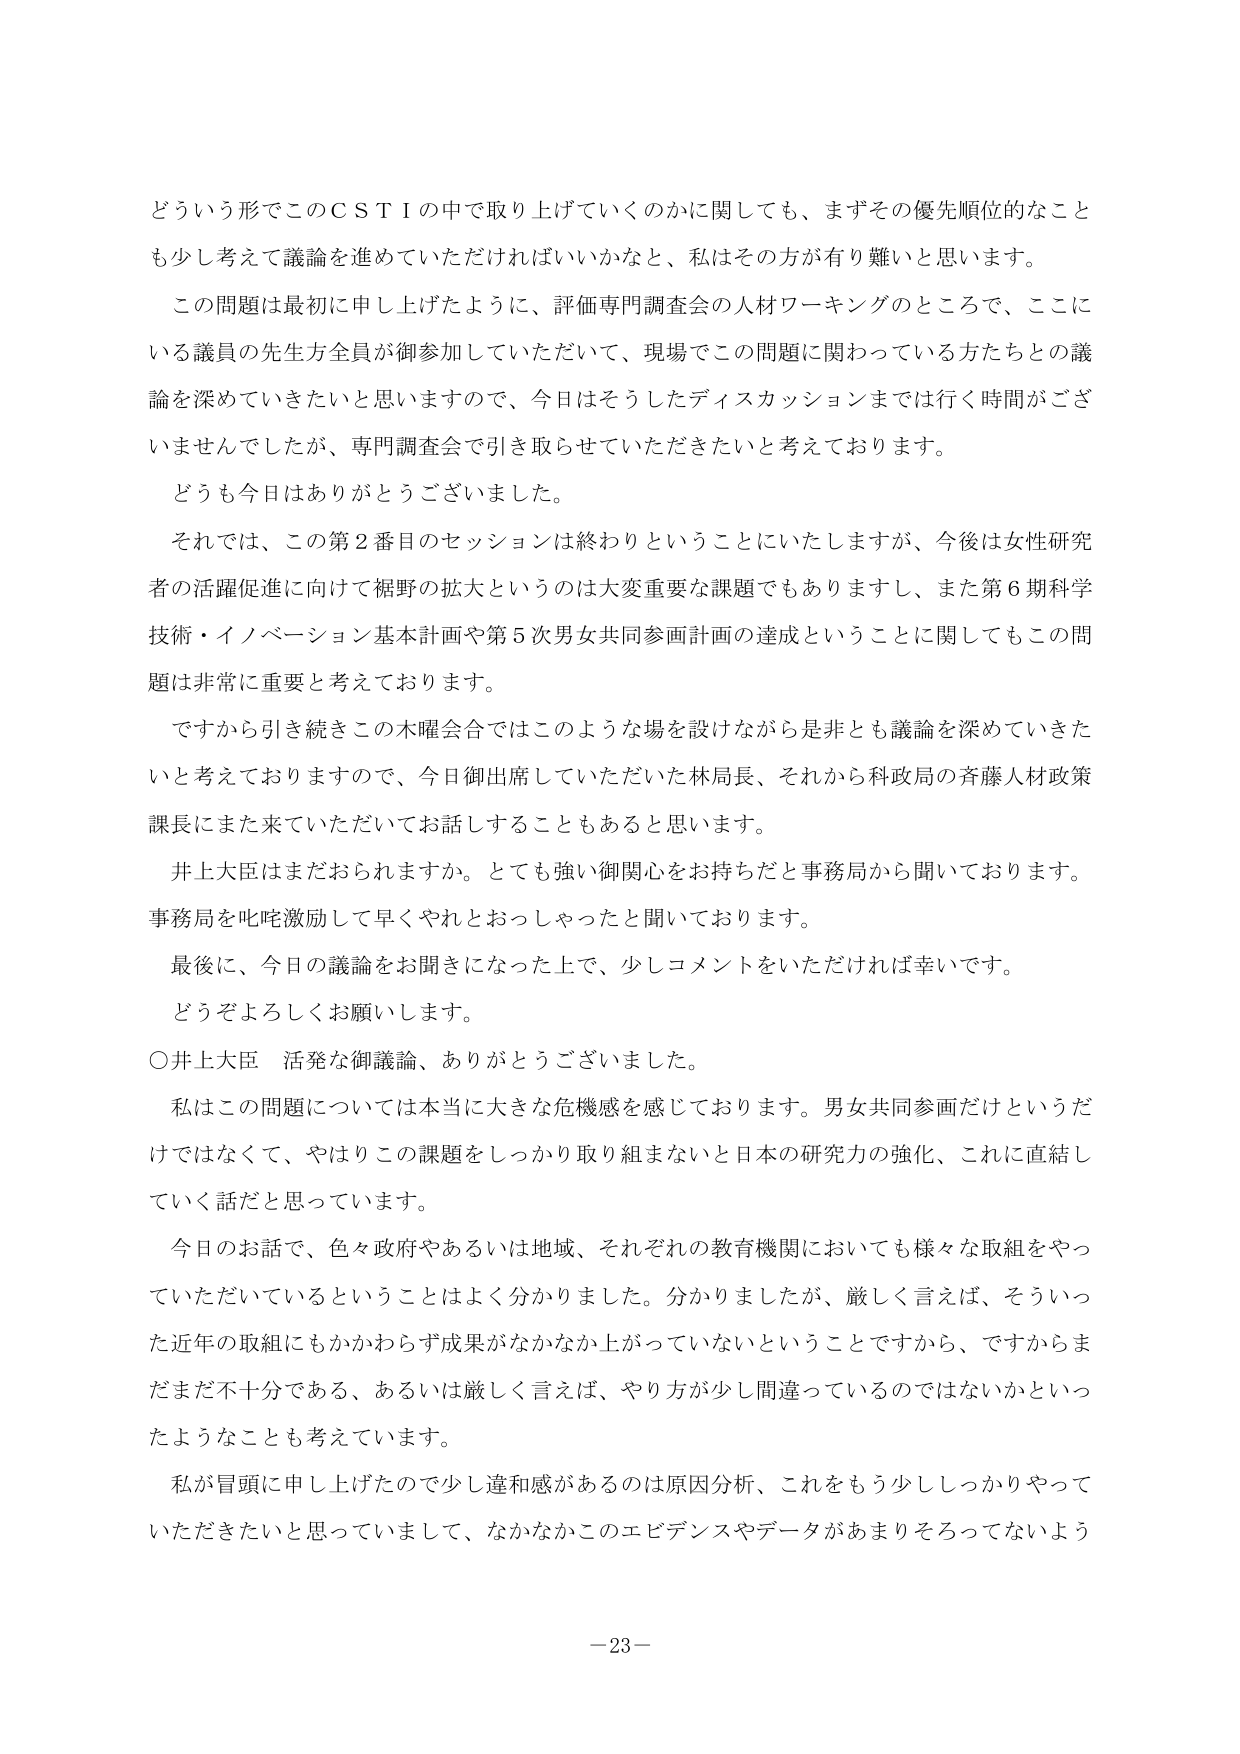
どういう形でこのＣＳＴＩの中で取り上げていくのかに関しても、まずその優先順位のなこと
も少し考えて議論を進めていただければいいかなと、私はその方が有り難いと思います。
この問題は最初に申し上げたように、評価専門調査会の人材ワーキングのところで、ここに
いる議員の先生方全員が御参加していただいて、現場でこの問題に関わっている方たちとの議
論を深めていきたいと思いますので、今日はそうしたディスカッションまでは行く時間がござ
いませんでしたが、専門調査会で引き取らせていただきたいと考えております。
どうも今日はありがとうございました。
それでは、この第２番目のセッションは終わりということにいたしますが、今後は女性研究
者の活躍促進に向けて裾野の拡大というのは大変重要な課題でもありますし、また第６期科学
技術・イノベーション基本計画や第５次男女共同参画計画の達成ということに関してもこの問
題は非常に重要と考えております。
ですから引き続きこの木曜会合ではこのような場を設けながら是非とも議論を深めていきた
いと考えておりますので、今日御出席していただいた林局長、それから科政局の斉藤人材政策
課長にまた来ていただいてお話しすることもあると思います。
井上大臣はまだおられますか。とても強い御関心をお持ちだと事務局から聞いております。
事務局を叱咤激励して早くやれとおっしゃったと聞いております。
最後に、今日の議論をお聞きになった上で、少しコメントをいただければ幸いです。
どうぞよろしくお願いします。
○井上大臣 活発な御議論、ありがとうございました。
私はこの問題については本当に大きな危機感を感じております。男女共同参画だけというだ
けではなくて、やはりこの課題をしっかり取り組まないと日本の研究力の強化、これに直結し
ていく話だと思っています。
今日のお話で、色々政府やあるいは地域、それぞれの教育機関においても様々な取組をやっ
ていただいているということはよく分かりました。分かりましたが、厳しく言えば、そういっ
た近年の取組にもかかわらず成果がなかなか上がっていないということですから、ですからま
だまだ不十分である、あるいは厳しく言えば、やり方が少し間違っているのではないかといっ
たようなことも考えています。
私が冒頭に申し上げたので少し違和感があるのは原因分析、これをもう少ししっかりやって
いただきたいと思っていまして、なかなかこのエビデンスやデータがあまりそろってないよう

－23－